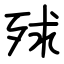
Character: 殏